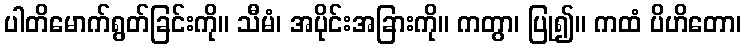
ပါတိမောက်ရွတ်ခြင်းကို။ သီမံ၊ အပိုင်းအခြားကို။ ကတွာ၊ ပြု၍။ ကထံ ပိဟိတော၊